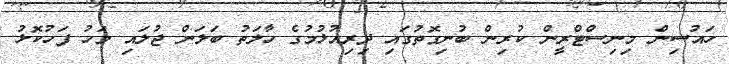
ހައުސިން މިނިސްޓްރީން ކުރިން ބުނިގޮތުގައި ދިރިއުޅުމުގެ ހާލަތު ބަލަން ޖުލައި މަހު ފަހުކޮޅު